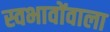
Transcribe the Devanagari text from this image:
स्वभावोंवाला